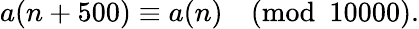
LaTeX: a(n+500)\equiv a(n){\pmod{10000}}.